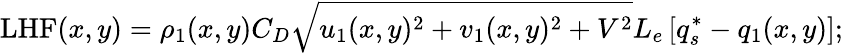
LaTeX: \mathrm{LHF}(x,y)=\rho_{1}(x,y)C_{D}\sqrt{u_{1}(x,y)^{2}+v_{1}(x,y)^{2}+V^{2}}L_{e}\left[q_{s}^{*}-q_{1}(x,y)\right];